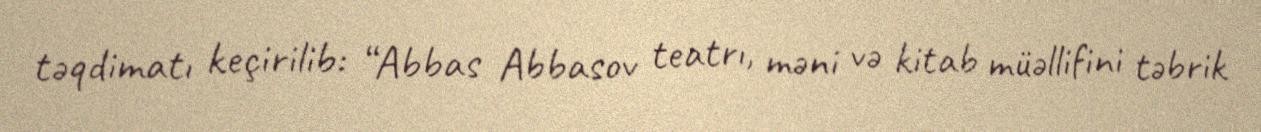
təqdimatı keçirilib: “Abbas Abbasov teatrı, məni və kitab müəllifini təbrik